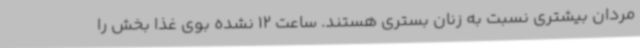
مردان بیشتری نسبت به زنان بستری هستند. ساعت 12 نشده بوی غذا بخش را